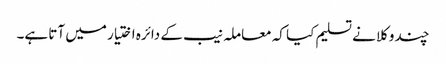
چند وکلا نے تسلیم کیا کہ معاملہ نیب کے دائرہ اختیار میں آتا ہے۔